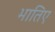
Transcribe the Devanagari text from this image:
भातिए